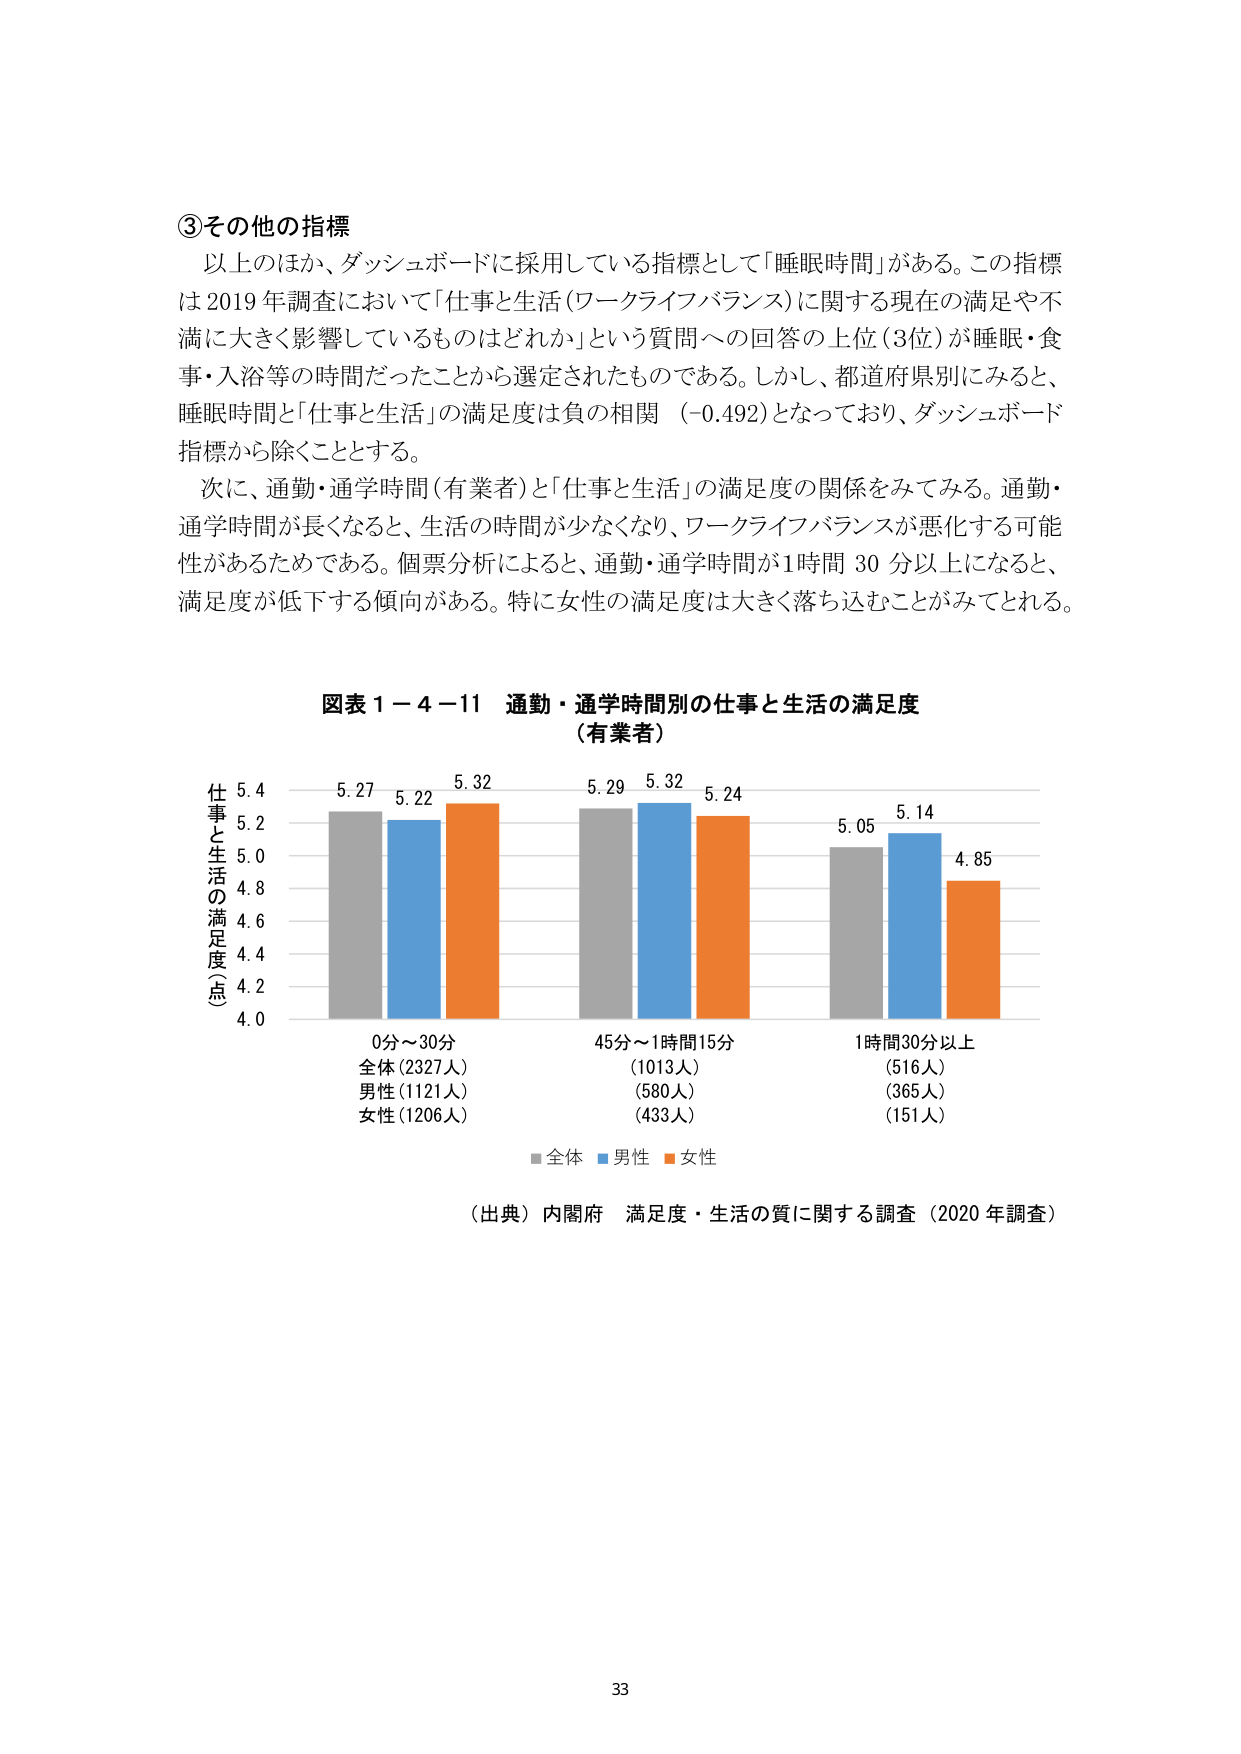
③その他の指標
以上のほか、ダッシュボードに採用している指標として「睡眠時間」がある。この指標は2019年調査において「仕事と生活（ワークライフバランス）に関する現在の満足や不満に大きく影響しているものはどれか」という質問への回答の上位（3位）が睡眠・食事・入浴等の時間だったことから選定されたものである。しかし、都道府県別にみると、睡眠時間と「仕事と生活」の満足度は負の相関（-0.492）となっており、ダッシュボード指標から除くこととする。

次に、通勤・通学時間（有業者）と「仕事と生活」の満足度の関係をみてみる。通勤・通学時間が長くなると、生活の時間が少なくなり、ワークライフバランスが悪化する可能性があるためである。個票分析によると、通勤・通学時間が1時間30分以上になると、満足度が低下する傾向がある。特に女性の満足度は大きく落ち込むことがみてとれる。

図表1－4－11 通勤・通学時間別の仕事と生活の満足度
（有業者）

仕事と生活の満足度（点）
5.4
5.2
5.0
4.8
4.6
4.4
4.2
4.0

0分～30分
全体（2327人）
男性（1121人）
女性（1206人）

5.27
5.22
5.32

45分～1時間15分
（1013人）
（580人）
（433人）

5.29
5.32
5.24

1時間30分以上
（516人）
（365人）
（151人）

5.05
5.14
4.85

■全体 ■男性 ■女性

（出典）内閣府 満足度・生活の質に関する調査（2020年調査）

33